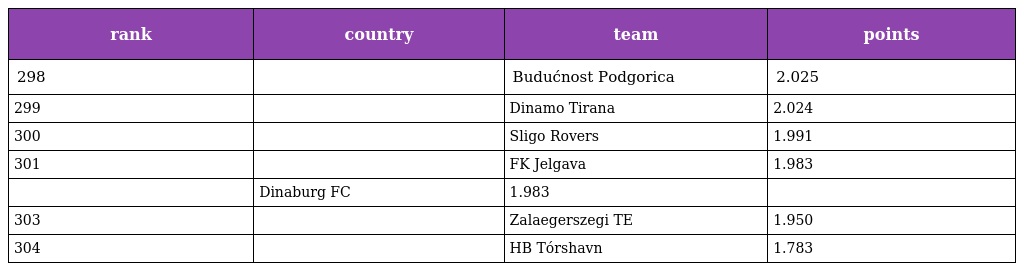
| rank | country | team | points |
 | --- | --- | --- | --- |
 | 298 |  | Budućnost Podgorica | 2.025 |
 | 299 |  | Dinamo Tirana | 2.024 |
 | 300 |  | Sligo Rovers | 1.991 |
 | 301 |  | FK Jelgava | 1.983 |
 |  | Dinaburg FC | 1.983 |  |
 | 303 |  | Zalaegerszegi TE | 1.950 |
 | 304 |  | HB Tórshavn | 1.783 |